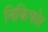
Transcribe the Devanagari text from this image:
निकिफोर